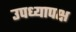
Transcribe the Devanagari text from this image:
उपध्यापक्ष